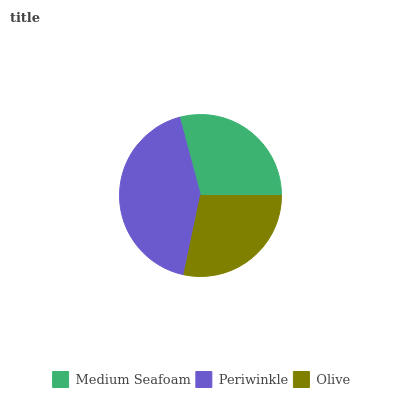
| Medium Seafoam | Periwinkle | Olive |
 | --- | --- | --- |
 | 29.1% | 42.5% | 28.3% |